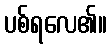
ပစ်ရလေ၏။